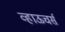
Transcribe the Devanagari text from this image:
व्हाऊचर्स